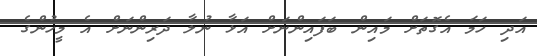
އަދި ހަމަ އެގޮތަށް މައިން ބަފައިންނަށް އަޅާ ނުލާ ދަރިންނަށް އެ މީހުންގެ